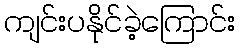
ကျင်းပနိုင်ခဲ့ကြောင်း